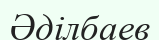
Әділбаев